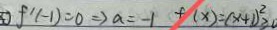
f ^ { \prime } ( - 1 ) = 0 \Rightarrow a = - 1 f ( x ) = ( x + 1 ) ^ { 2 } \geq 0